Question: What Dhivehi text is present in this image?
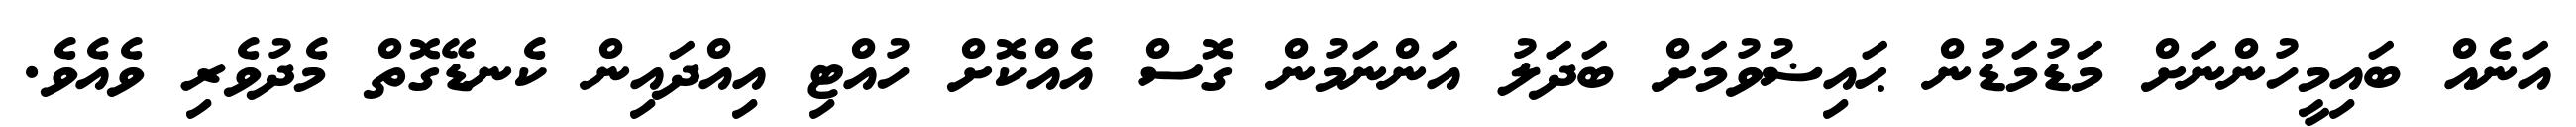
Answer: އަނެއް ބައިމީހުންނަށް މަޑުމަޑުން ޙައިޟުވުމަށް ބަދަލު އަންނަމުން ގޮސް އެއްކޮށް ހުއްޓި އިއްދައިން ކެނޑޭގޮތް މެދުވެރި ވެއެވެ.